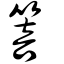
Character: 箁